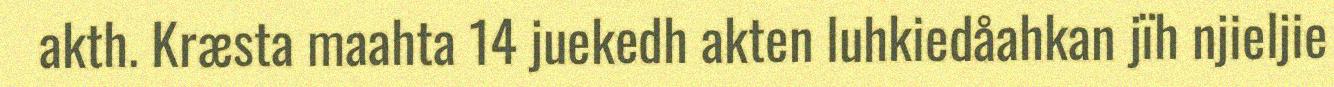
akth. Kræsta maahta 14 juekedh akten luhkiedåahkan jïh njieljie